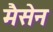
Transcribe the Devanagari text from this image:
मैसेन